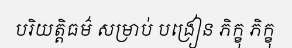
បរិយត្តិធម៌ សម្រាប់ បង្រៀន ភិក្ខុ ភិក្ខុ